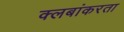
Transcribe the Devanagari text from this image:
क्लबांकरता